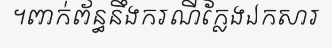
។ពាក់ព័ន្ធនឹងករណីក្លែងឯកសារ